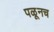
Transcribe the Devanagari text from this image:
पळूनच